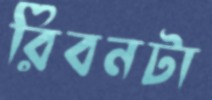
রিবনটা